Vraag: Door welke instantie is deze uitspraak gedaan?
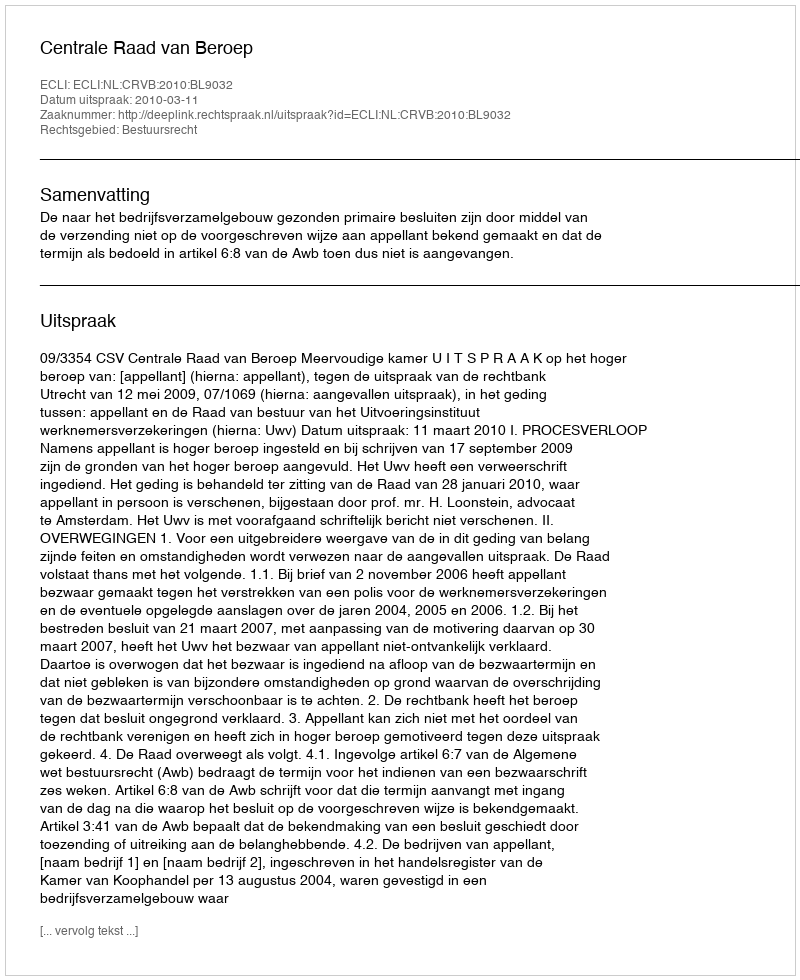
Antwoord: Centrale Raad van Beroep